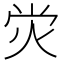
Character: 𤇑